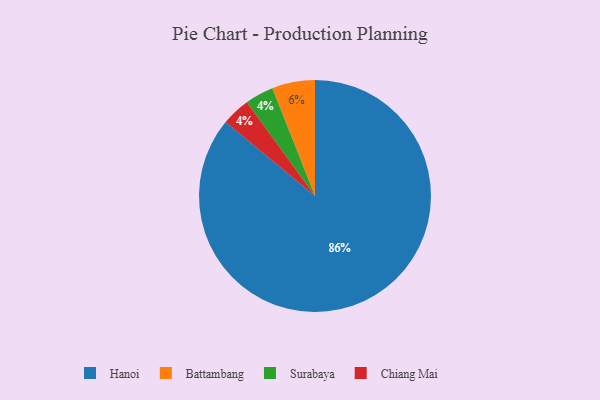
{"axis": {"x": "Category", "y": "Percentage"}, "legend": ["Battambang", "Chiang Mai", "Hanoi", "Surabaya"], "data": [{"x": "Hanoi", "y": 86, "type": "Hanoi"}, {"x": "Surabaya", "y": 4, "type": "Surabaya"}, {"x": "Chiang Mai", "y": 4, "type": "Chiang Mai"}, {"x": "Battambang", "y": 6, "type": "Battambang"}]}